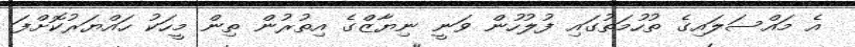
އެ މައްސަލައިގެ ތުހުމަތުގައި ފުލުހުން ވަނީ ނިޔާޒްގެ އިތުރުން ތިން މީހަކު ހައްޔަރުކޮށްފަ